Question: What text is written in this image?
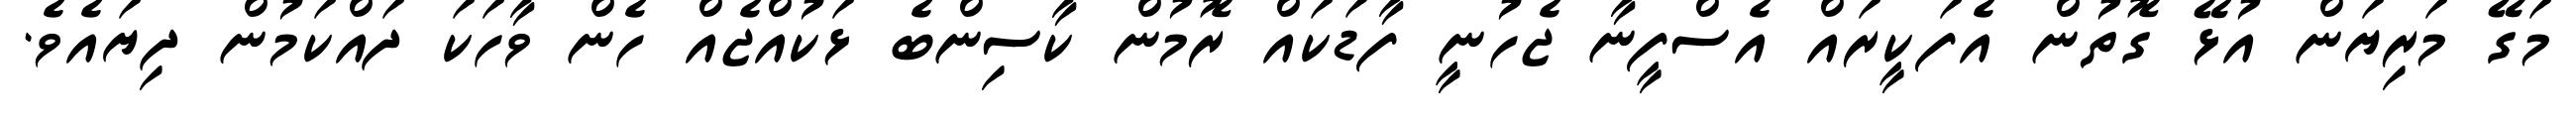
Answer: މަގޭ މަރިޔަން އުޅޭ ގޮތުން އެފަކީރައް އެސްފީނާ ޖެހުނީ ފާޑަކައް ރޮމުން ކާސިންބެ ޅަކުއްޖެއް ހެން ވާހަކަ ދައްކަމުން ދިޔައެވެ.